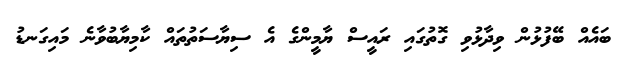
ބައެއް ބޭފުޅުން ވިދާޅުވި ގޮތުގައި ރައީސް ޔާމީންގެ އެ ސިޔާސަތުތައް ކާމިޔާބުވާނެ މައިގަނޑު